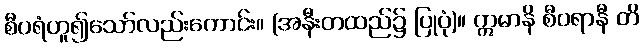
စီပရံဟူ၍သော်လည်းကောင်း။ (အနီးတထည်၌ ပြုပုံ)။ ဣမာနိ စီဝရာနီ တိ